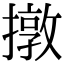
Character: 撴